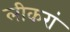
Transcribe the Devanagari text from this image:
लीकरां